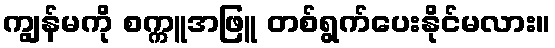
ကျွန်မကို စက္ကူအဖြူ တစ်ရွက်ပေးနိုင်မလား။